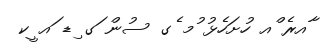
ާއރެ ްއ ހުށަހެޅު ުމ ެގ ސުން ަގ ިޑ ައ ީކ